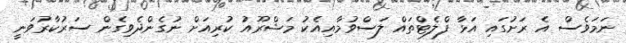
ނަމަވެސް އެ ރަށުގައި އަޅާ ފްލެޓްތައް ލަސްވުމާއިއެކު މަޝްރޫއު ކުރިއަށް ނުގެންދެވިގެން ސަރުކާރުވަނީ